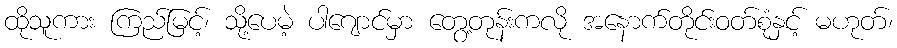
ထိုသူကား ကြည်မြင့်၊ သို့ပေမဲ့ ပါဂျောင်မှာ တွေ့တုန်းကလို အနောက်တိုင်းဝတ်စုံနှင့် မဟုတ်၊